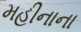
મહીનાના